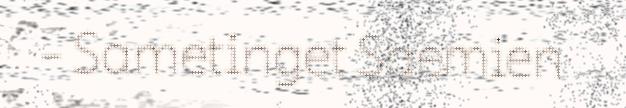
- Sametinget Saemien